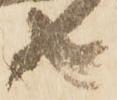
共